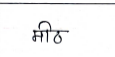
मजकूर: मीठ